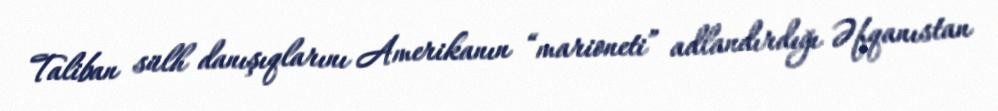
Taliban sülh danışıqlarını Amerikanın “marioneti” adlandırdığı Əfqanıstan